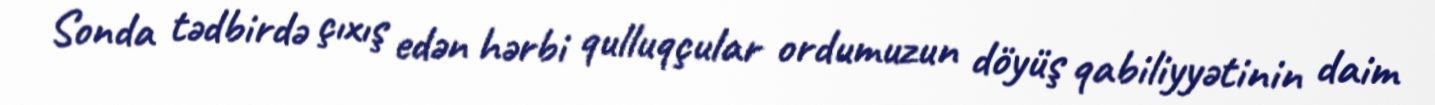
Sonda tədbirdə çıxış edən hərbi qulluqçular ordumuzun döyüş qabiliyyətinin daim